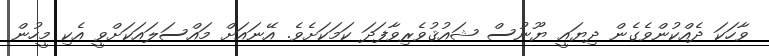
ވާހަކަ ދެއްކުންވެގެން ދިޔައީ ޔޫނުސް ޝައުޤުވެރިވާފަދަ ކަމަކަށެވެ. އޭނައަށް މައްސަލައަކަށްވީ އެކި މީހުން